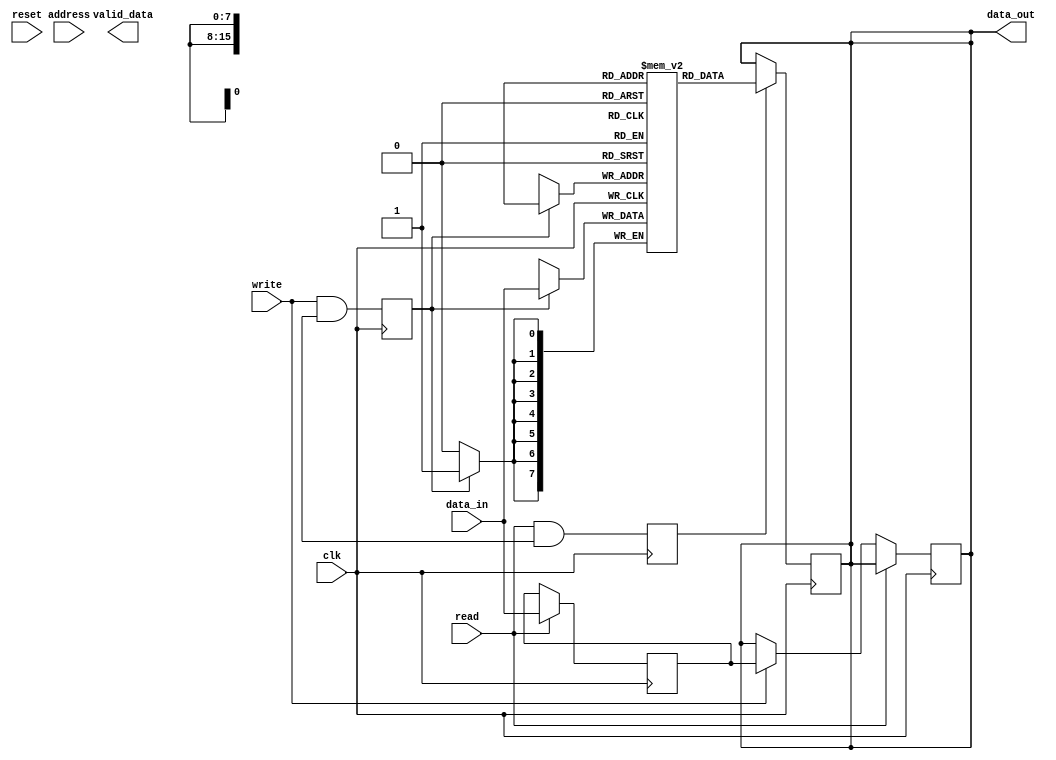
module memory_controller(
    input wire clk,
    input wire reset,
    input wire [7:0] data_in,
    output wire [7:0] data_out,
    input wire [15:0] address,
    input wire read,
    input wire write,
    output wire valid_data
);

// Address decoding block
reg [15:0] physical_address;
always @ (address)
begin
    case (address)
        // Add your address decoding logic here
        // Example: physical_address = address + offset;
    endcase
end

// Data buffering block
reg [7:0] data_buffer;
always @ (posedge clk)
begin
    if (read)
        data_buffer <= data_in; // Store incoming data
    else if (write)
        data_out <= data_buffer; // Send outgoing data
end

// Control logic block
wire read_enable;
wire write_enable;
always @ (posedge clk)
begin
    // Add your control logic here
    read_enable <= read & valid_address;
    write_enable <= write & valid_address;
end

// Memory access
reg [7:0] memory[0:65535]; // Memory module

// Read operation
always @ (posedge clk)
begin
    if (read_enable)
        data_out <= memory[physical_address];
end

// Write operation
always @ (posedge clk)
begin
    if (write_enable)
        memory[physical_address] <= data_in;
end

endmodule